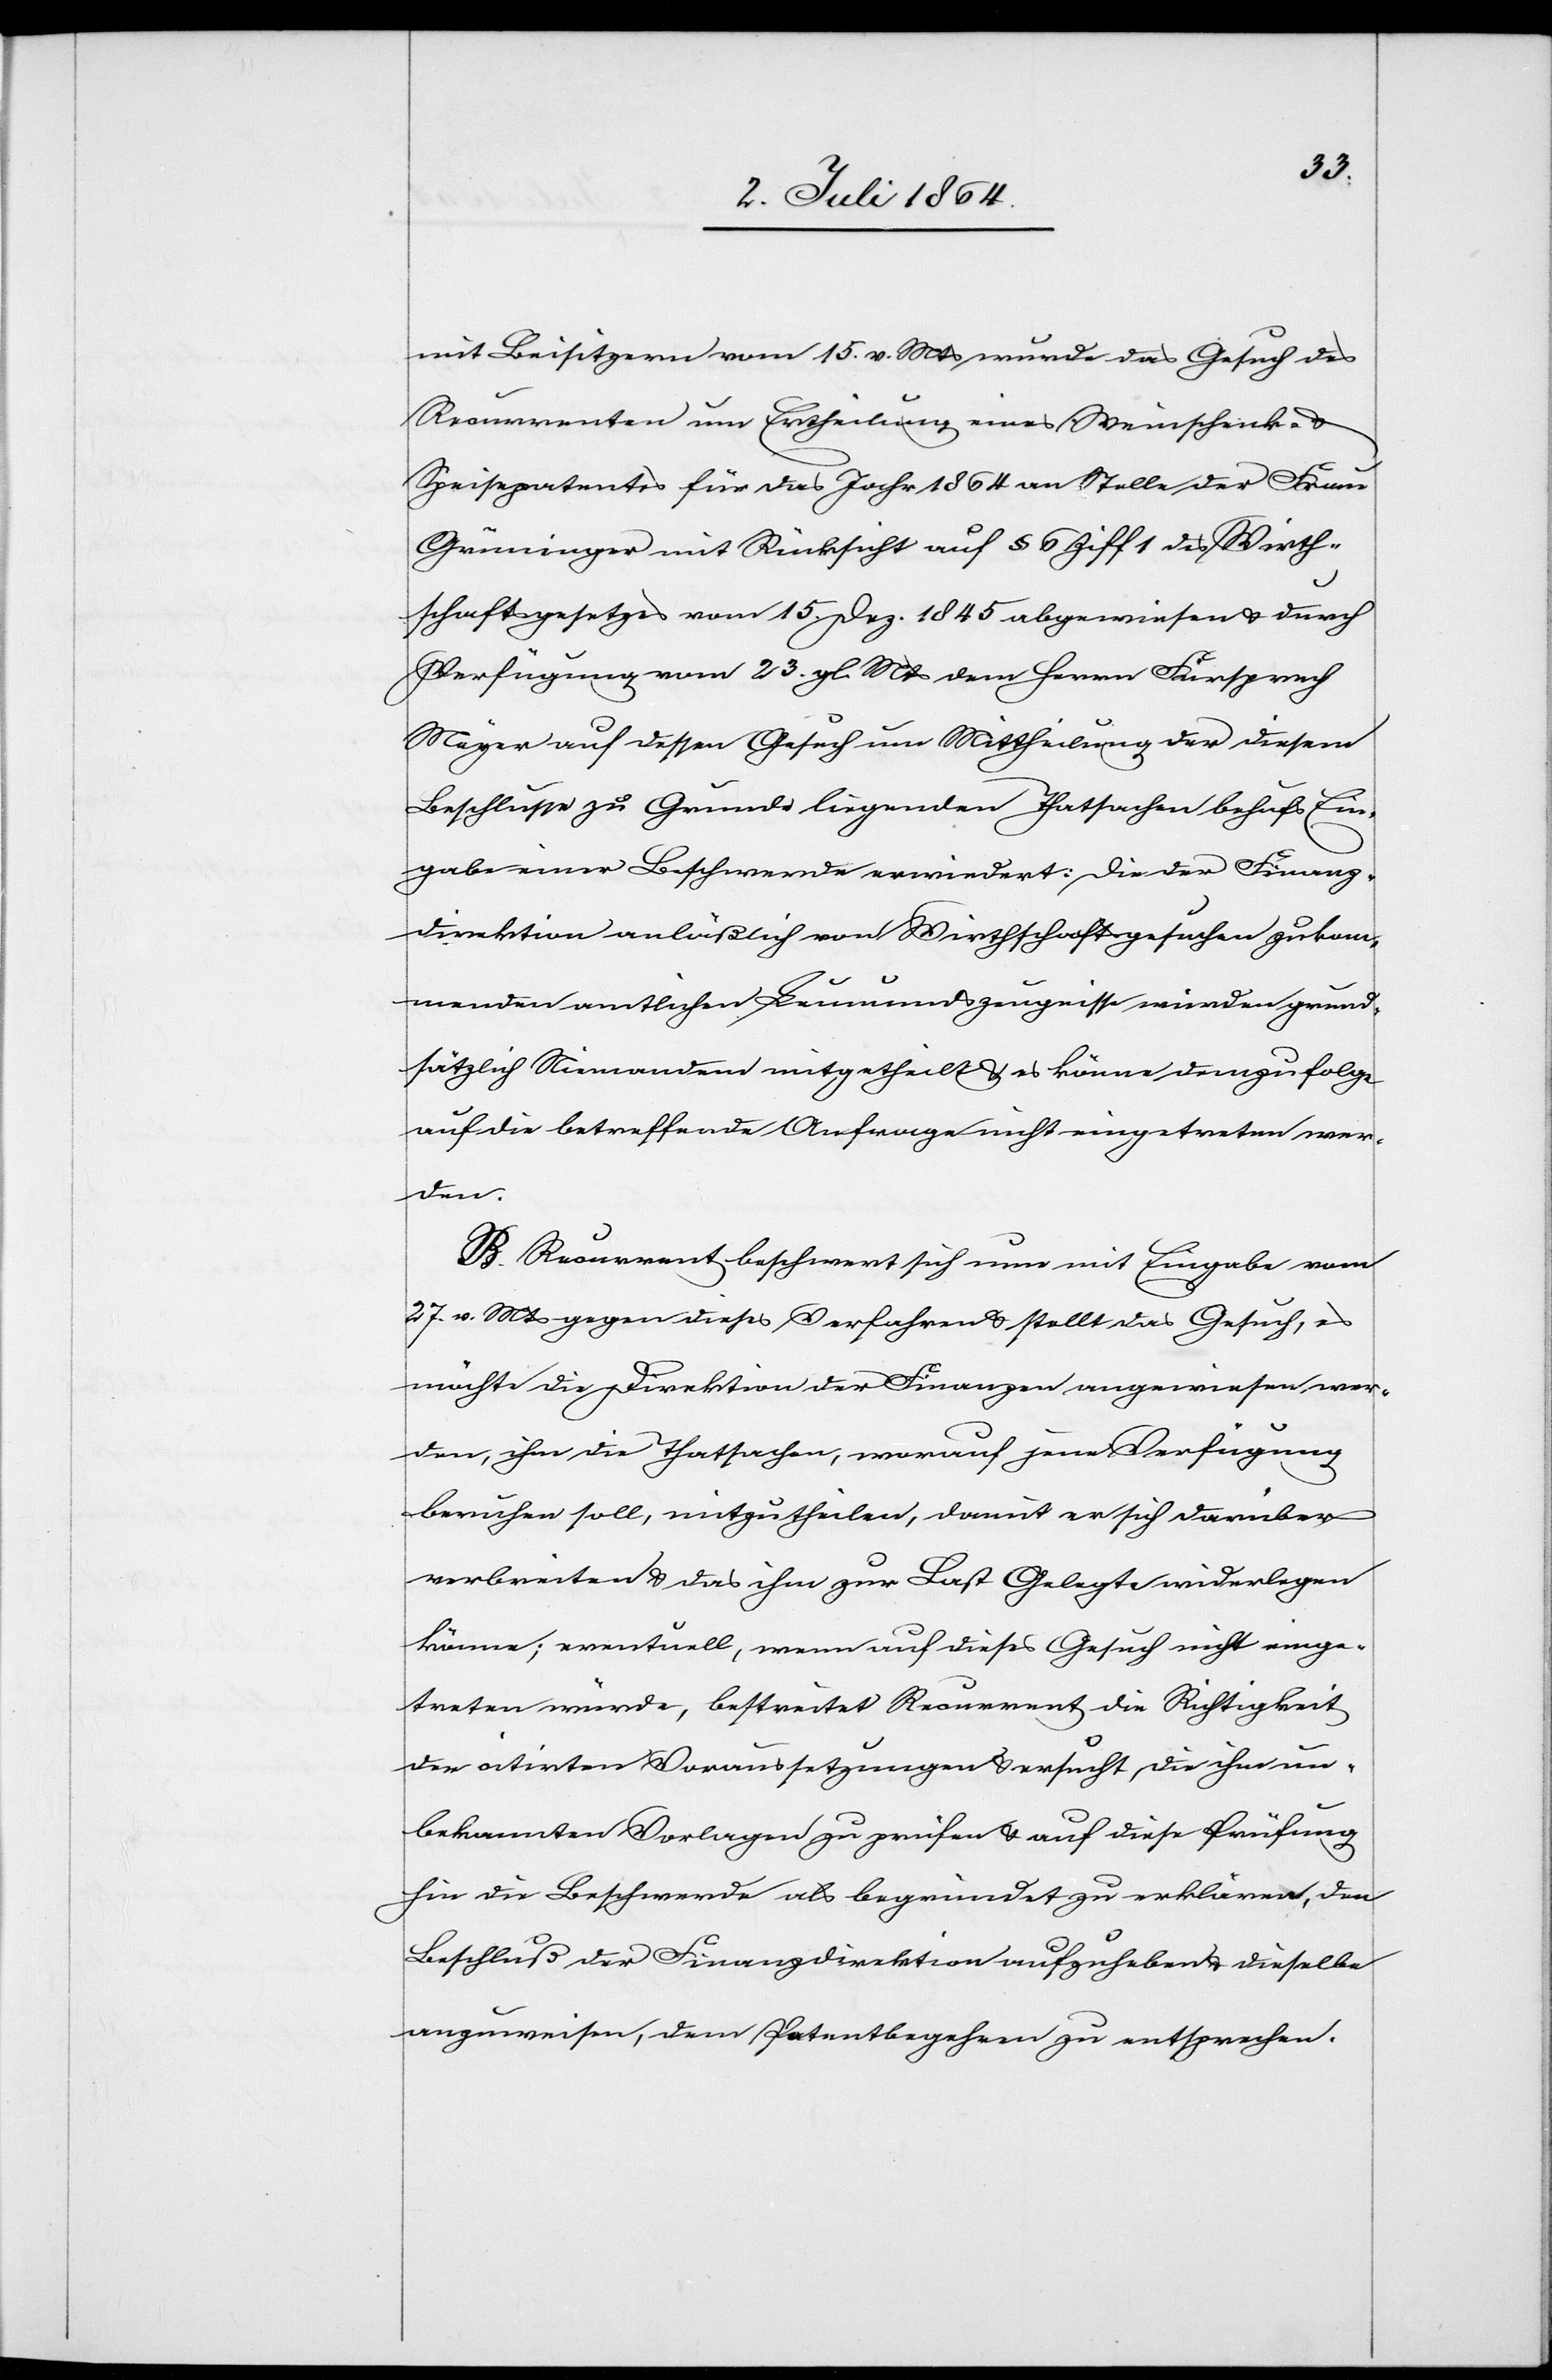
mit Beisitzern vom 15. v. Mts. wurde das Gesuch des
Recurrenten um Ertheilung eines Weinschenk- u.
Speisepatentes für das Jahr 1864 an Stelle der Frau
Grüninger mit Rücksicht auf § 6 Ziff 1 des Wirth¬
schaftsgesetzes vom 15. Dez. 1845 abgewiesen u. durch
Verfügung vom 23. gl. Mts. dem Herrn Fürsprech
Meyer auf dessen Gesuch um Mittheilung der diesem
Beschlusse zu Grunde liegenden Thatsachen behufs Ein¬
gabe einer Beschwerde erwiedert: Die der Finanz¬
direktion anläßlich von Wirthschaftsgesuchen zukom¬
menden amtlichen Leumundszeugnisse würden grund¬
sätzlich Niemandem mitgetheilt u. es könne demzufolge
auf die betreffende Anfrage nicht eingetreten wer¬
den.
B. Recurrent beschwert sich nun mit Eingabe vom
27. v. Mts. gegen dieses Verfahren u. stellt das Gesuch, es
möchte die Direktion der Finanzen angewiesen wer¬
den, ihm die Thatsachen, worauf jene Verfügung
beruhen soll, mitzutheilen, damit er sich darüber
verbreiten u. das ihm zur Last Gelegte widerlegen
könne; eventuell, wenn auf dieses Gesuch nicht einge¬
treten würde, bestreitet Recurrent die Richtigkeit
der citirten Voraussetzungen u. ersucht die ihm un¬
bekannten Vorlagen zu prüfen u. auf diese Prüfung
hin die Beschwerde als begründet zu erklären, den
Beschluß der Finanzdirektion aufzuheben u. dieselbe
anzuweisen, dem Patentbegehren zu entsprechen.